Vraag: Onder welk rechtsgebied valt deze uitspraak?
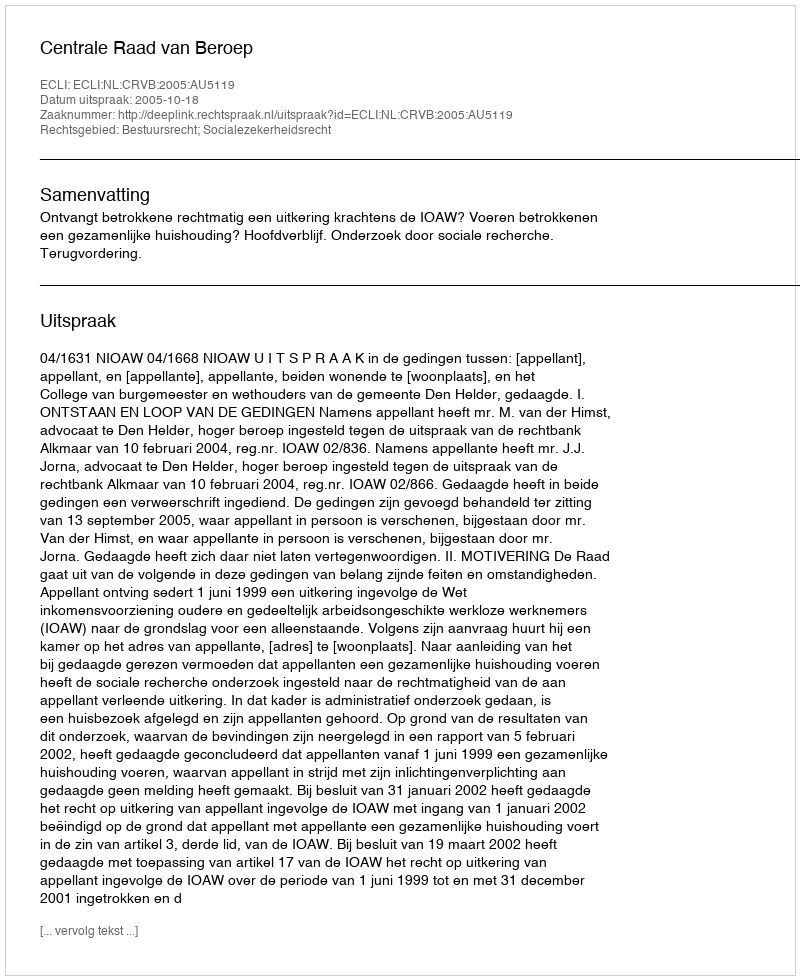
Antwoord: Bestuursrecht; Socialezekerheidsrecht